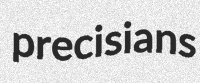
precisians